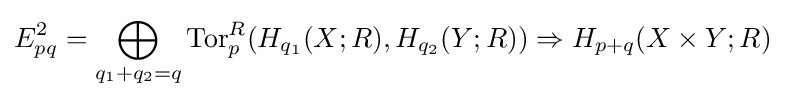
E_{pq}^{2}=\bigoplus _{q_{1}+q_{2}=q}\mathrm {Tor} _{p}^{R}(H_{q_{1}}(X;R),H_{q_{2}}(Y;R))\Rightarrow H_{p+q}(X\times Y;R)